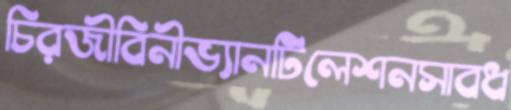
চিরজীবিনীভ্যানটিলেশনসাবধ